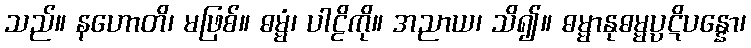
သည်။ နဟောတိ၊ မဖြစ်။ ဓမ္မံ၊ ပါဠိကို။ အညာယ၊ သိ၍။ ဓမ္မာနုဓမ္မပ္ပဋိပန္နော၊